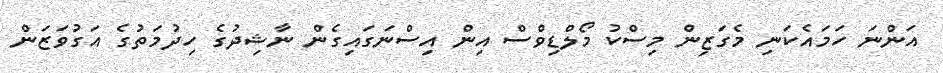
އަންނަ ހަމައެކަނި މެގަޒިން މިސްކު މޯލްޑިވްސް އިން އިސްނަގައިގެން ނާޝިދުގެ ހިދުމަތުގެ އަގުވަޒަން